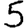
Digit: 5